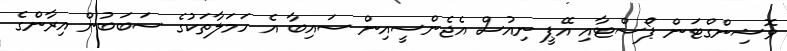
ވޮޝިންގްޓަން ޕޯސްޓާއި އޭޕީ ނިއުސް އެޖެންސީއިން ސައިބާ އެ ހަމަލާތަކުގެ ސަބަބުން އިރާންގެ